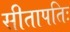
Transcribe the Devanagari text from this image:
सीतापतिः